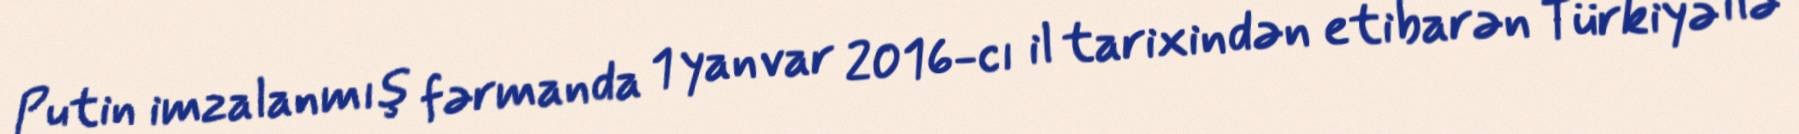
Putin imzalanmış fərmanda 1 yanvar 2016-cı il tarixindən etibarən Türkiyə ilə